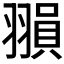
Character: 𦑰